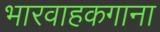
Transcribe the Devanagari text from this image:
भारवाहकगाना